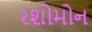
રશોમોન